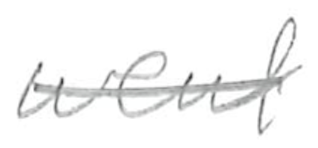
Text: went
Cross-out: single-line
Writing tool: pencil